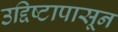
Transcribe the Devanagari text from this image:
उद्दिष्टापासून